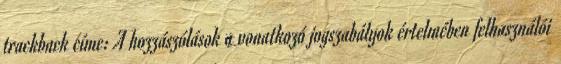
trackback címe: A hozzászólások a vonatkozó jogszabályok értelmében felhasználói